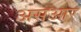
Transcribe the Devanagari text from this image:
असआर